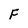
Character: F